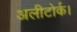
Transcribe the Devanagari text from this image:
अलीटोर्क।